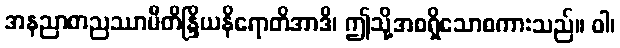
အနညာတညဿာမီတိန္ဒြိယနိရောတိအာဒိ၊ ဤသို့အစရှိသောစကားသည်။ ဝါ၊